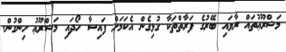
މަޝްރޫޢުތައް ރާވައި ބޭރުގެ ފަރާތްތަކާ ގުޅިގެން އެކަމަށް ފައިސާ ހޯދައި މަޝްރޫޢު ހިންގުން.